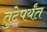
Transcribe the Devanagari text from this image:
तुटेपर्यंत